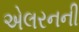
એલરનની